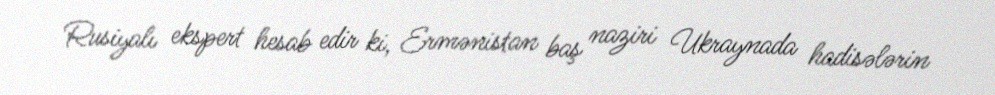
Rusiyalı ekspert hesab edir ki, Ermənistan baş naziri Ukraynada hadisələrin